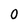
Character: 0